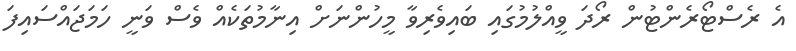
އެ ރެސްޓޯރެންޓުން ރޯދަ ވީއްލުމުގައި ބައިވެރިވާ މީހުންނަށް އިނާމުތަކެއް ވެސް ވަނީ ހަމަޖައްސައިފަ